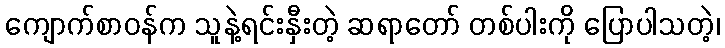
ကျောက်စာဝန်က သူနဲ့ရင်းနှီးတဲ့ ဆရာတော် တစ်ပါးကို ပြောပါသတဲ့၊